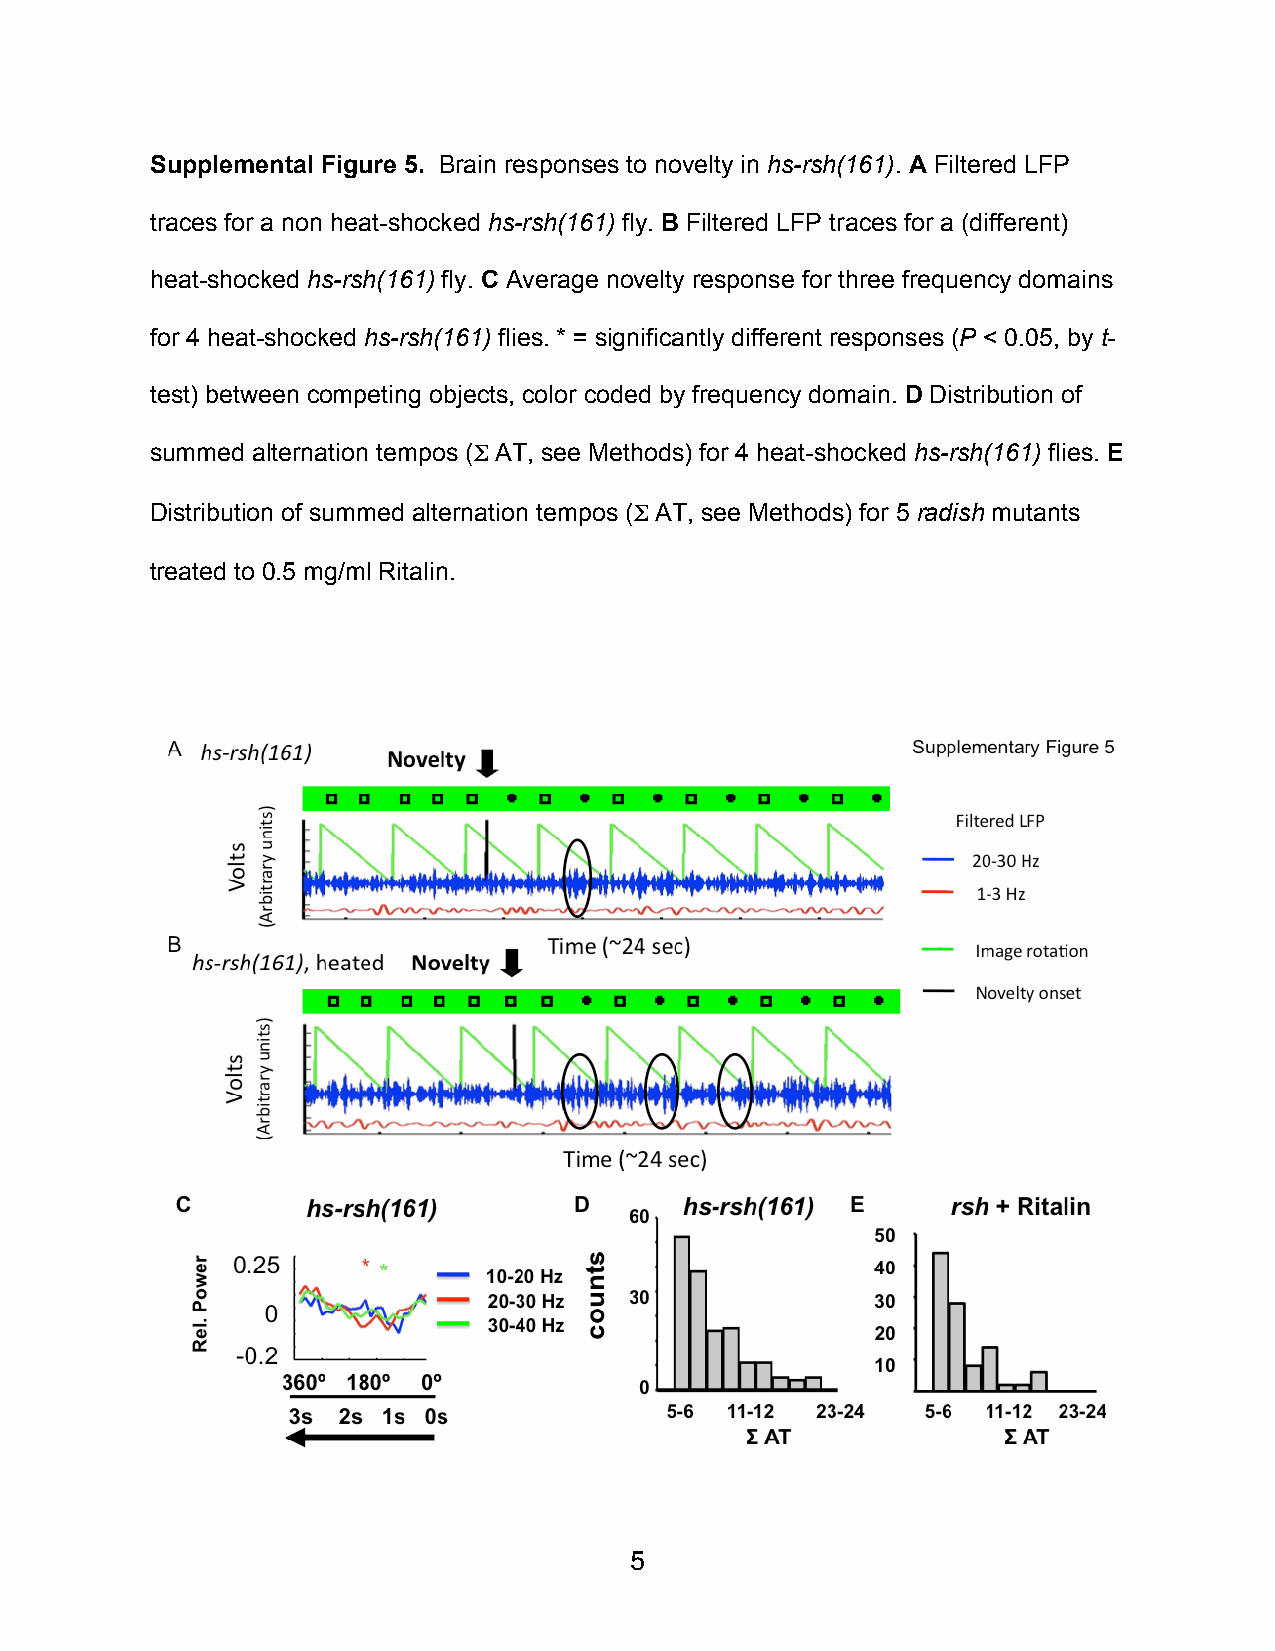
Supplemental Figure 5. Brain responses to novelty in hs-rsh(161). A Filtered LFP
 traces for a non heat-shocked hs-rsh(161) fly. B Filtered LFP traces for a (different)
 heat-shocked hs-rsh(161) fly. C Average novelty response for three frequency domains
 for 4 heat-shocked hs-rsh(161) flies. * = significantly different responses (P < 0.05, by t-
 test) between competing objects, color coded by frequency domain. D Distribution of
 summed alternation tempos (Σ AT, see Methods) for 4 heat-shocked hs-rsh(161) flies. E
 Distribution of summed alternation tempos (Σ AT, see Methods) for 5 radish mutants
 treated to 0.5 mg/ml Ritalin.
 5